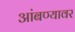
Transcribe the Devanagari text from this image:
आंबण्यावर